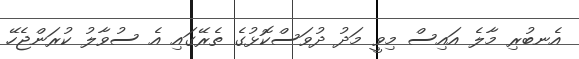
އެނބުރި މާލެ އައިސް މިވީ މަދު ދުވަސްކޮޅުގެ ތެރޭގައި އެ ސުވާލު ކުރަންޖެހޭ